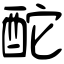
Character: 酡